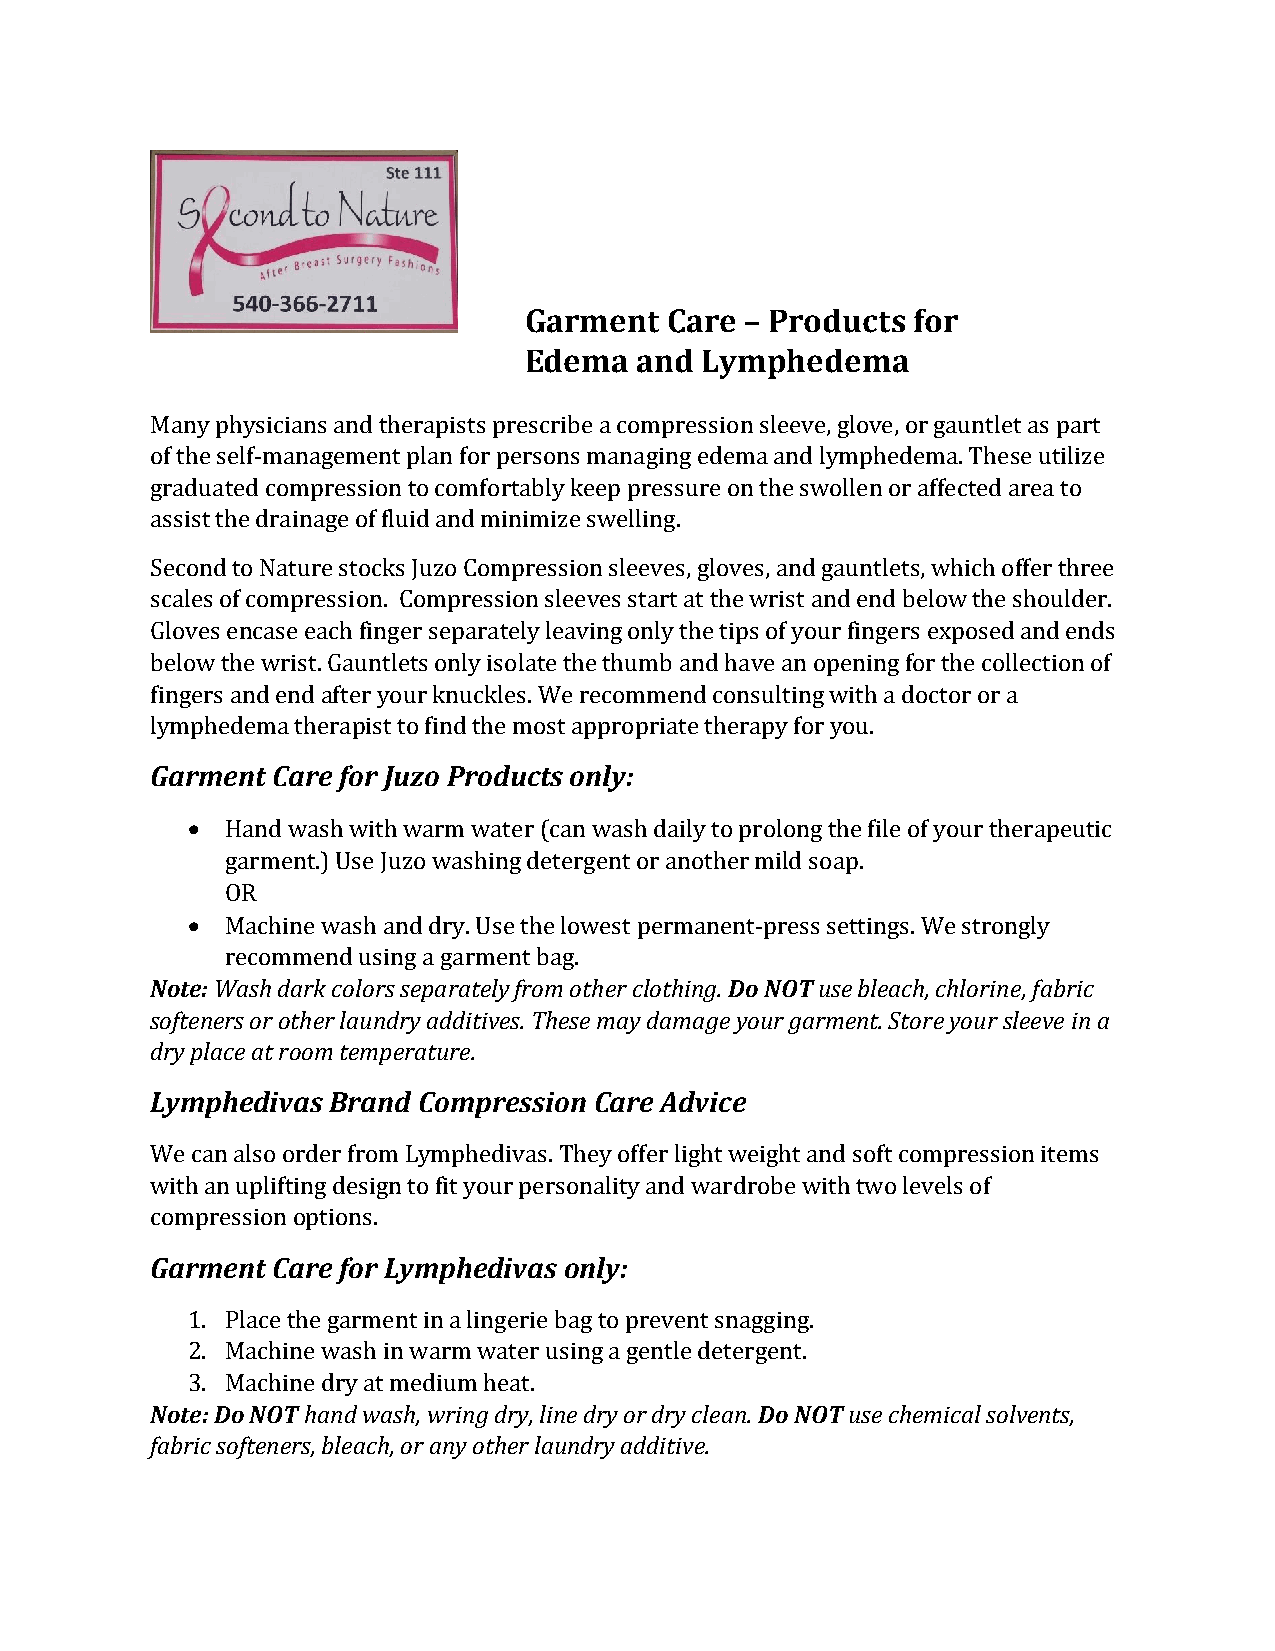
Garment  Care – Products for
 Edema  and Lymphedema
 Many physicians and therapists prescribe a compression sleeve, glove, or gauntlet as part
 of the self-management plan for persons managing edema and lymphedema. These utilize
 graduated compression to comfortably keep pressure on the swollen or affected area to
 assist the drainage of fluid and minimize swelling.
 Second to Nature stocks Juzo Compression sleeves, gloves, and gauntlets, which offer three
 scales of compression. Compression sleeves start at the wrist and end below the shoulder.
 Gloves encase each finger separately leaving only the tips of your fingers exposed and ends
 below the wrist. Gauntlets only isolate the thumb and have an opening for the collection of
 fingers and end after your knuckles. We recommend consulting with a doctor or a
 lymphedema therapist to find the most appropriate therapy for you.
 Garment Care for Juzo Products only:
 •  Hand wash with warm water (can wash daily to prolong the file of your therapeutic
 garment.) Use Juzo washing detergent or another mild soap.
 OR
 •  Machine wash and dry. Use the lowest permanent-press settings. We strongly
 recommend using a garment bag.
 Note: Wash dark colors separately from other clothing. Do NOT use bleach, chlorine, fabric
 softeners or other laundry additives. These may damage your garment. Store your sleeve in a
 dry place at room temperature.
 Lymphedivas Brand Compression Care Advice
 We can also order from Lymphedivas. They offer light weight and soft compression items
 with an uplifting design to fit your personality and wardrobe with two levels of
 compression options.
 Garment Care for Lymphedivas only:
 1. Place the garment in a lingerie bag to prevent snagging.
 2. Machine wash in warm water using a gentle detergent.
 3. Machine dry at medium heat.
 Note: Do NOT hand wash, wring dry, line dry or dry clean. Do NOT use chemical solvents,
 fabric softeners, bleach, or any other laundry additive.